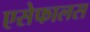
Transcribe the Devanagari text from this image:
एसेफालस